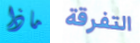
ماذا التفرقة